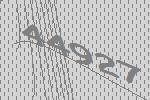
44927